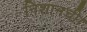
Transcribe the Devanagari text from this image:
निशानची।